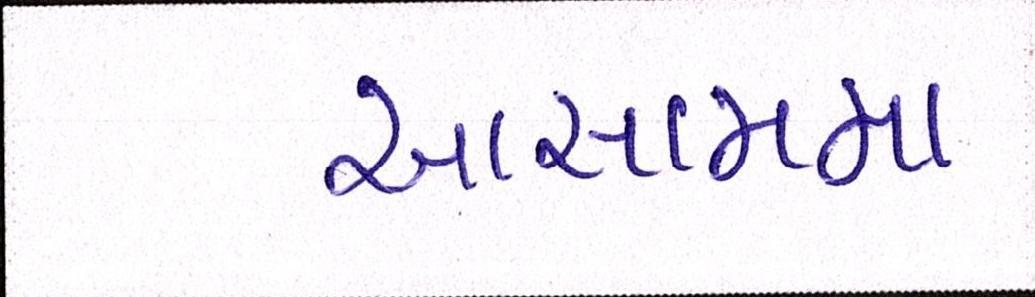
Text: આસામમા